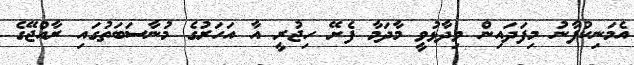
އެމަނިކުފާނު މިފަދައިން ވިދާޅުވީ މާދަމާ ފެށޭ ހިޖުރީ އާ އަހަރުގެ މުނާސަބަތުގައި ރާއްޖޭގެ